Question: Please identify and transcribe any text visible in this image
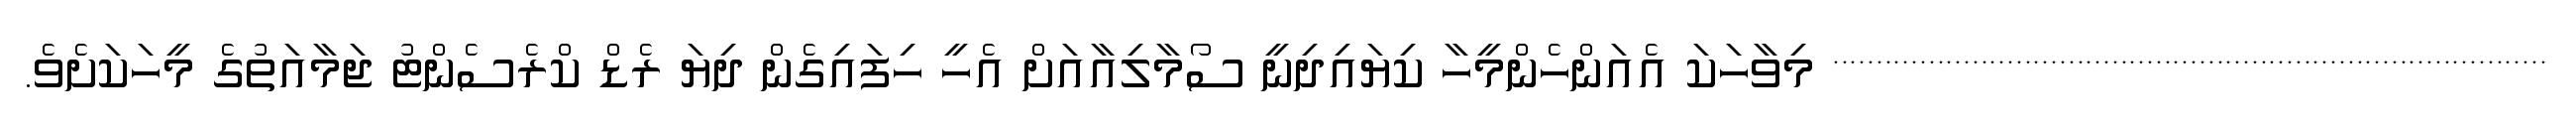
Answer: ********************************************************************************** މިވާހަކަ އެއަންހެންމީހާ ކިޔައިދިނީ ސޯމާލިއާއަށް އެހީ ހިފައިގެން ދިޔަ ރެޑް ކްރެސެންޓު ޖަމާއަތުގެ މީހަކަށެވެ.